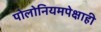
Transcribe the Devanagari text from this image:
पोलोनियमपेक्षाही